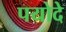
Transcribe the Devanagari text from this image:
पयोदे